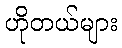
ဟိုတယ်များ